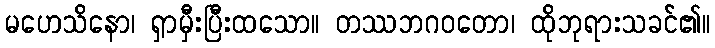
မဟေသိနော၊ ရှာမှီးပြီးထသော။ တဿဘဂဝတော၊ ထိုဘုရားသခင်၏။